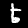
Label: 5